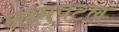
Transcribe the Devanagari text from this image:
नामपटल